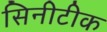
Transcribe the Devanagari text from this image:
सिनीटीक